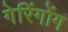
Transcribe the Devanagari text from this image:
गेरिंगोंग